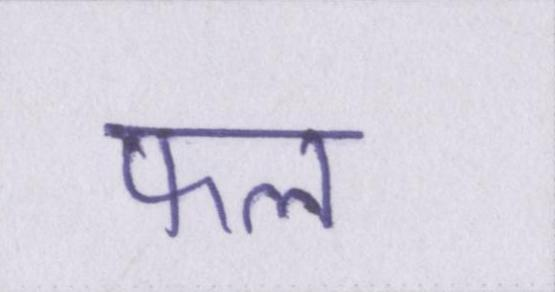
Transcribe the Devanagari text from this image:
फल